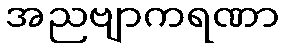
အညဗျာကရဏာ